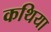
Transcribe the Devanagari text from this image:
कथिया